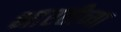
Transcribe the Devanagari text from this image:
भारतीच्या